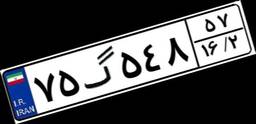
۷۵گ۵۴۸۵۷